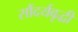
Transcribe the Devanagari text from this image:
सौंदर्यवृद्धी